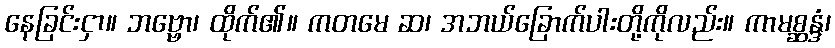
နေခြင်းငှာ။ ဘဗ္ဗော၊ ထိုက်၏။ ကတမေ ဆ၊ အဘယ်ခြောက်ပါးတို့ကိုလည်း။ ကာမစ္ဆန္ဒံ၊